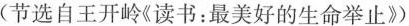
(节选自王开岭《读书：最美好的生命举止》